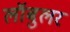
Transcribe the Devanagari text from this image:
लॉबुलर